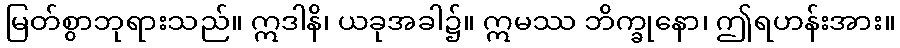
မြတ်စွာဘုရားသည်။ ဣဒါနိ၊ ယခုအခါ၌။ ဣမဿ ဘိက္ခုနော၊ ဤရဟန်းအား။